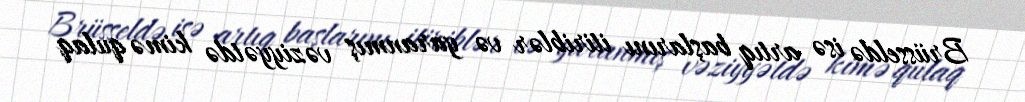
Brüsseldə isə artıq başlarını itiriblər və yaranmış vəziyyətdə kimə qulaq